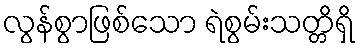
လွန်စွာဖြစ်သော ရဲစွမ်းသတ္တိရှိ